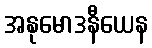
အနုမောဒနီယေန